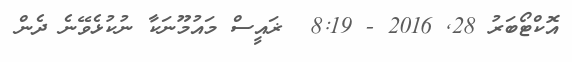
އޮކްޓޯބަރު 28